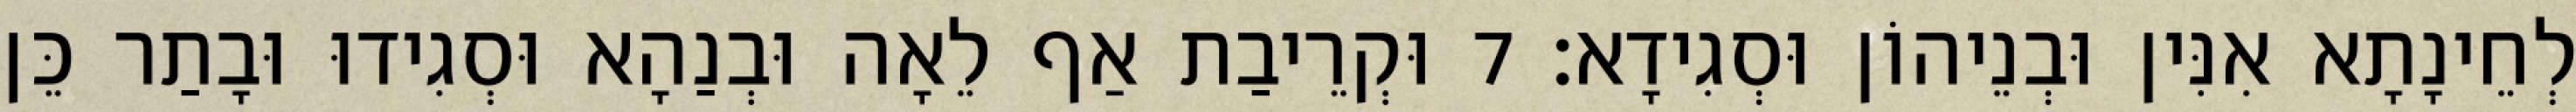
לְחֵינָתָא אִנִּין וּבְנֵיהוֹן וּסְגִידָא׃ 7 וּקְרֵיבַת אַף לֵאָה וּבְנַהָא וּסְגִידוּ וּבָתַר כֵּן